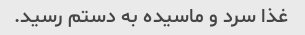
غذا سرد و ماسیده به دستم رسید.